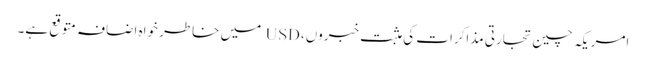
امریکہ چین تجارتی مذاکرات کی مثبت خبروں، USD میں خاطر خواہ اضافہ متوقع ہے۔